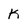
Character: K